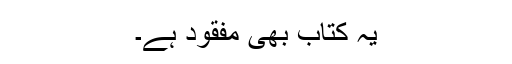
یہ کتاب بھی مفقود ہے۔